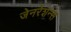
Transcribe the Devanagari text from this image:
जेनरेशन्स